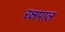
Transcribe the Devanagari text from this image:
रक्षपाल